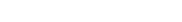
١٢٣